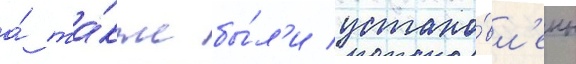
а́ та́кже бы́л'и устано́вл'ены